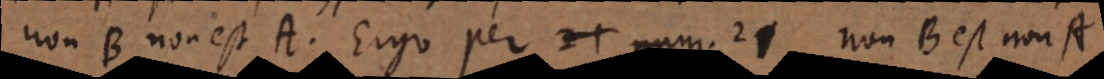
non B non est A. Ergo per num. 21 non B est non A.